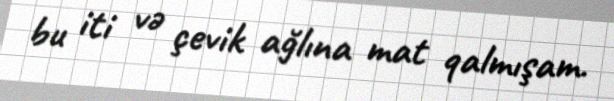
bu iti və çevik ağlına mat qalmışam.